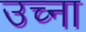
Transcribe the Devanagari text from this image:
उच्ना